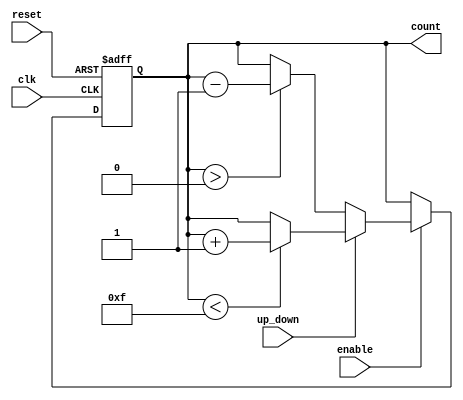
module synchronous_counter (
    input wire clk,           // Clock signal
    input wire reset,         // Asynchronous reset signal
    input wire enable,        // Enable signal
    input wire up_down,       // Count direction (1 for up, 0 for down)
    output reg [N-1:0] count  // Counter output (N bits wide)
);

parameter N = 4; // Parameter for bit width of the counter

// Define maximum and minimum values based on the bit width
localparam MAX_COUNT = (1 << N) - 1; // Maximum value for N bits
localparam MIN_COUNT = 0;             // Minimum value for N bits

always @(posedge clk or posedge reset) begin
    if (reset) begin
        count <= MIN_COUNT; // Reset counter to zero
    end else if (enable) begin
        if (up_down) begin
            // Count Up
            if (count < MAX_COUNT) begin
                count <= count + 1; // Increment counter
            end
        end else begin
            // Count Down
            if (count > MIN_COUNT) begin
                count <= count - 1; // Decrement counter
            end
        end
    end
end

endmodule